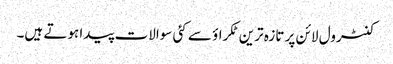
کنٹرول لائن پر تازہ ترین ٹکراؤ سے کئی سوالات پیدا ہوتے ہیں۔